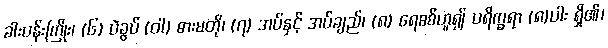
ခါးပန်းကြိုး၊ (၆) ပဲခွပ် (ဝါ) ဓားမတို၊ (၇) အပ်နှင့် အပ်ချည်၊ (၈) ရေစစ်ဟူ၍ ပရိက္ခရာ (၈)ပါး ရှိ၏၊